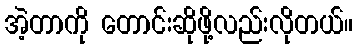
အဲ့တာကို တောင်းဆိုဖို့လည်းလိုတယ်။